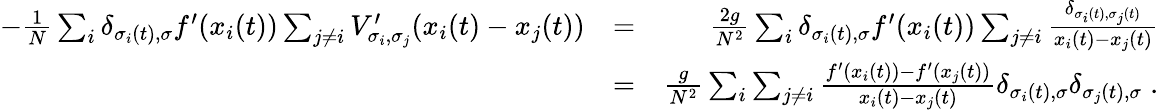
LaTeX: \begin{array}{rlr}{-\frac{1}{N}\sum_{i}\delta_{\sigma_{i}(t),\sigma}f^{\prime}(x_{i}(t))\sum_{j\neq i}V_{\sigma_{i},\sigma_{j}}^{\prime}(x_{i}(t)-x_{j}(t))}&{=}&{\frac{2g}{N^{2}}\sum_{i}\delta_{\sigma_{i}(t),\sigma}f^{\prime}(x_{i}(t))\sum_{j\neq i}\frac{\delta_{\sigma_{i}(t),\sigma_{j}(t)}}{x_{i}(t)-x_{j}(t)}}\\ &{=}&{\frac{g}{N^{2}}\sum_{i}\sum_{j\neq i}\frac{f^{\prime}(x_{i}(t))-f^{\prime}(x_{j}(t))}{x_{i}(t)-x_{j}(t)}\delta_{\sigma_{i}(t),\sigma}\delta_{\sigma_{j}(t),\sigma}\; .}\end{array}